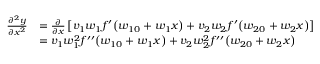
\begin{array} { r l } { \frac { \partial ^ { 2 } y } { \partial x ^ { 2 } } } & { = \frac { \partial } { \partial x } \left[ v _ { 1 } w _ { 1 } f ^ { \prime } \big ( w _ { 1 0 } + w _ { 1 } x \big ) + v _ { 2 } w _ { 2 } f ^ { \prime } \big ( w _ { 2 0 } + w _ { 2 } x \big ) \right] } \\ & { = v _ { 1 } w _ { 1 } ^ { 2 } f ^ { \prime \prime } \big ( w _ { 1 0 } + w _ { 1 } x \big ) + v _ { 2 } w _ { 2 } ^ { 2 } f ^ { \prime \prime } \big ( w _ { 2 0 } + w _ { 2 } x \big ) } \end{array}